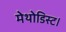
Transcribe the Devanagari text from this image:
मेथोडिस्ट।